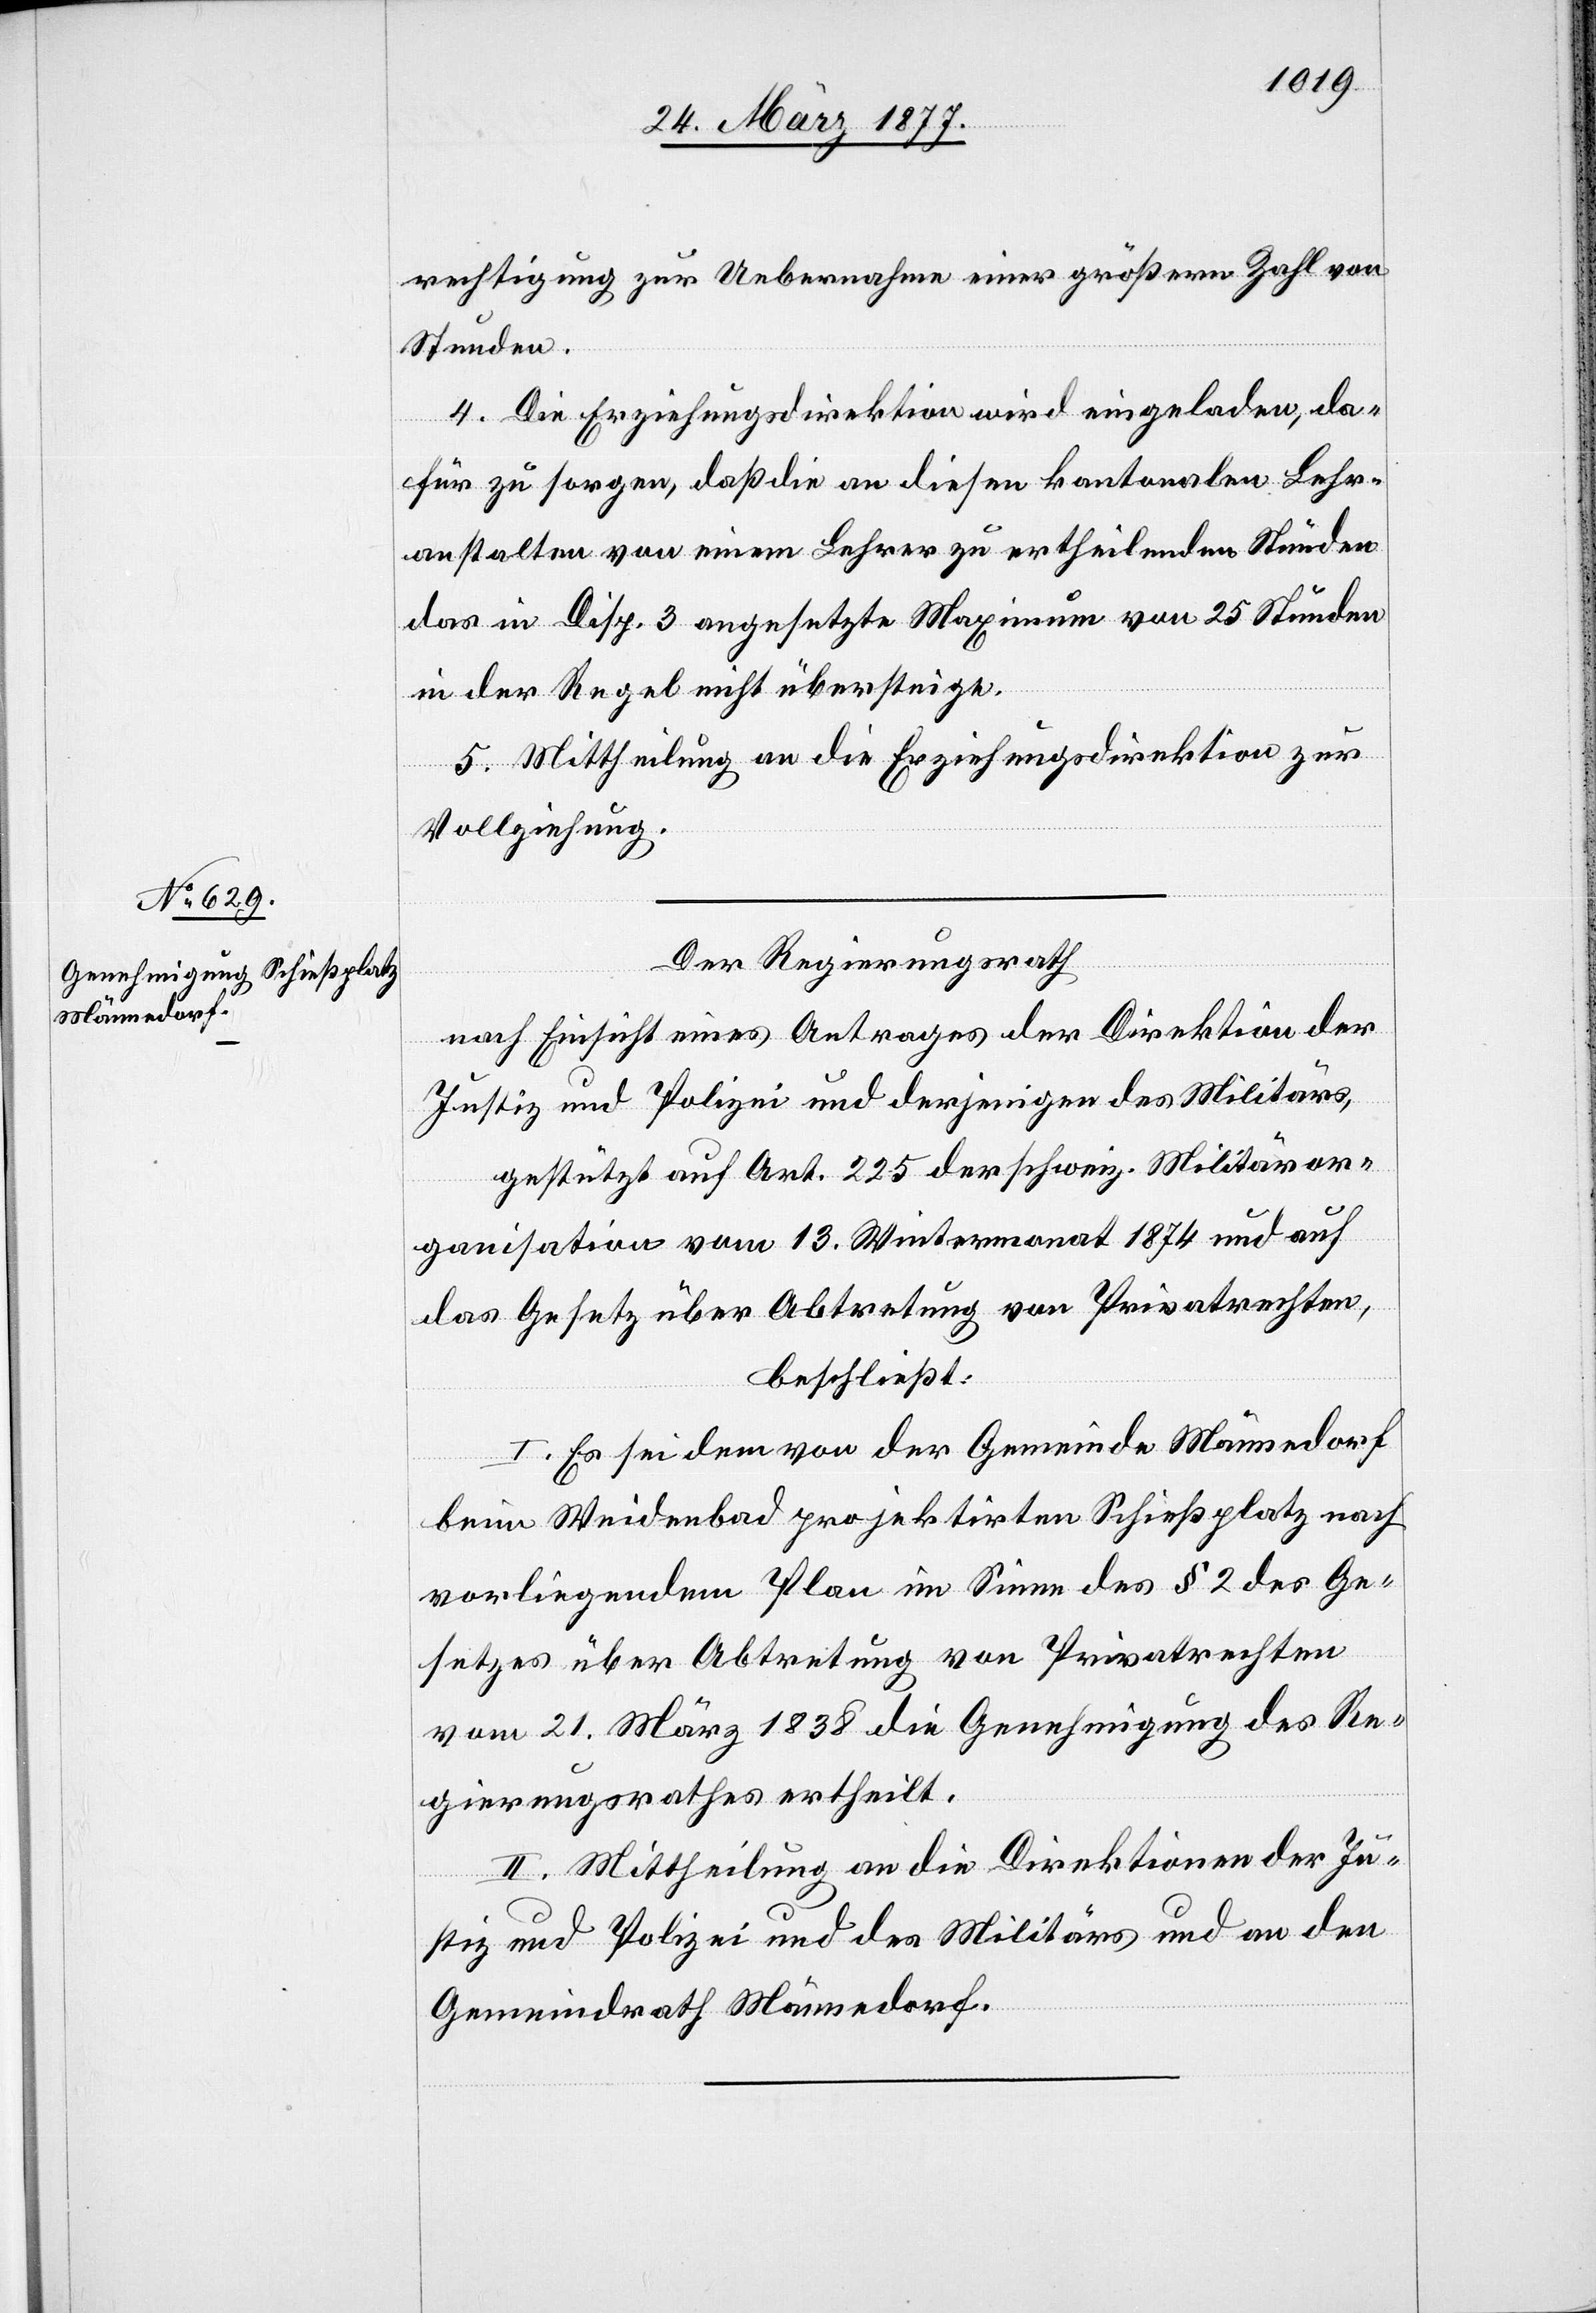
rechtigung zur Uebernahme einer größern Zahl von
Stunden.
4. Die Erziehungsdirektion wird eingeladen, da¬
für zu sorgen, daß die an diesen kantonalen Lehr¬
anstalten von einem Lehrer zu ertheilenden Stunden
das in Disp. 3 angesetzte Maximum von 25 Stunden
in der Regel nicht übersteige.
5. Mittheilung an die Erziehungsdirektion zur
Vollziehung
Der Regierungsrath,
nach Einsicht eines Antrages der Direktion der
Justiz und Polizei und derjenigen des Militärs,
gestützt auf Art. 225 der schweiz. Militäror¬
ganisation vom 13. Wintermonat 1874 und auf
das Gesetz über Abtretung von Privatrechten,
beschließt:
I. Es sei dem von der Gemeinde Männedorf
beim Weidenbad projektirten Schießplatz nach
vorliegendem Plan im Sinne des § 2 des Ge¬
setzes über Abtretung von Privatrechten
vom 21. März 1838 die Genehmigung des Re¬
gierungsrathes ertheilt.
II. Mittheilung an die Direktionen der Ju¬
stiz und Polizei und des Militärs und an den
Gemeindrath Männedorf.